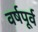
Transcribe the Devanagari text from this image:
वर्षपूर्व